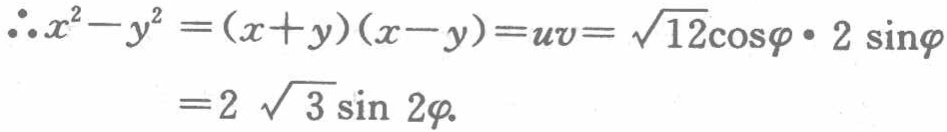
\[\begin{align*}

\therefore x^{2}-y^{2}&=(x + y)(x - y)=uv=\sqrt{12}\cos\varphi\cdot2\sin\varphi\\

&=2\sqrt{3}\sin2\varphi.

\end{align*}\]